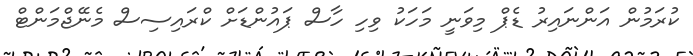
ކުރަމުން އަންނައިރު ޑެޕް މިވަނީ މަހަކު ވިހި ހާސް ޕައުންޑަށް ކްރައިސިސް މެނޭޖްމަންޓް